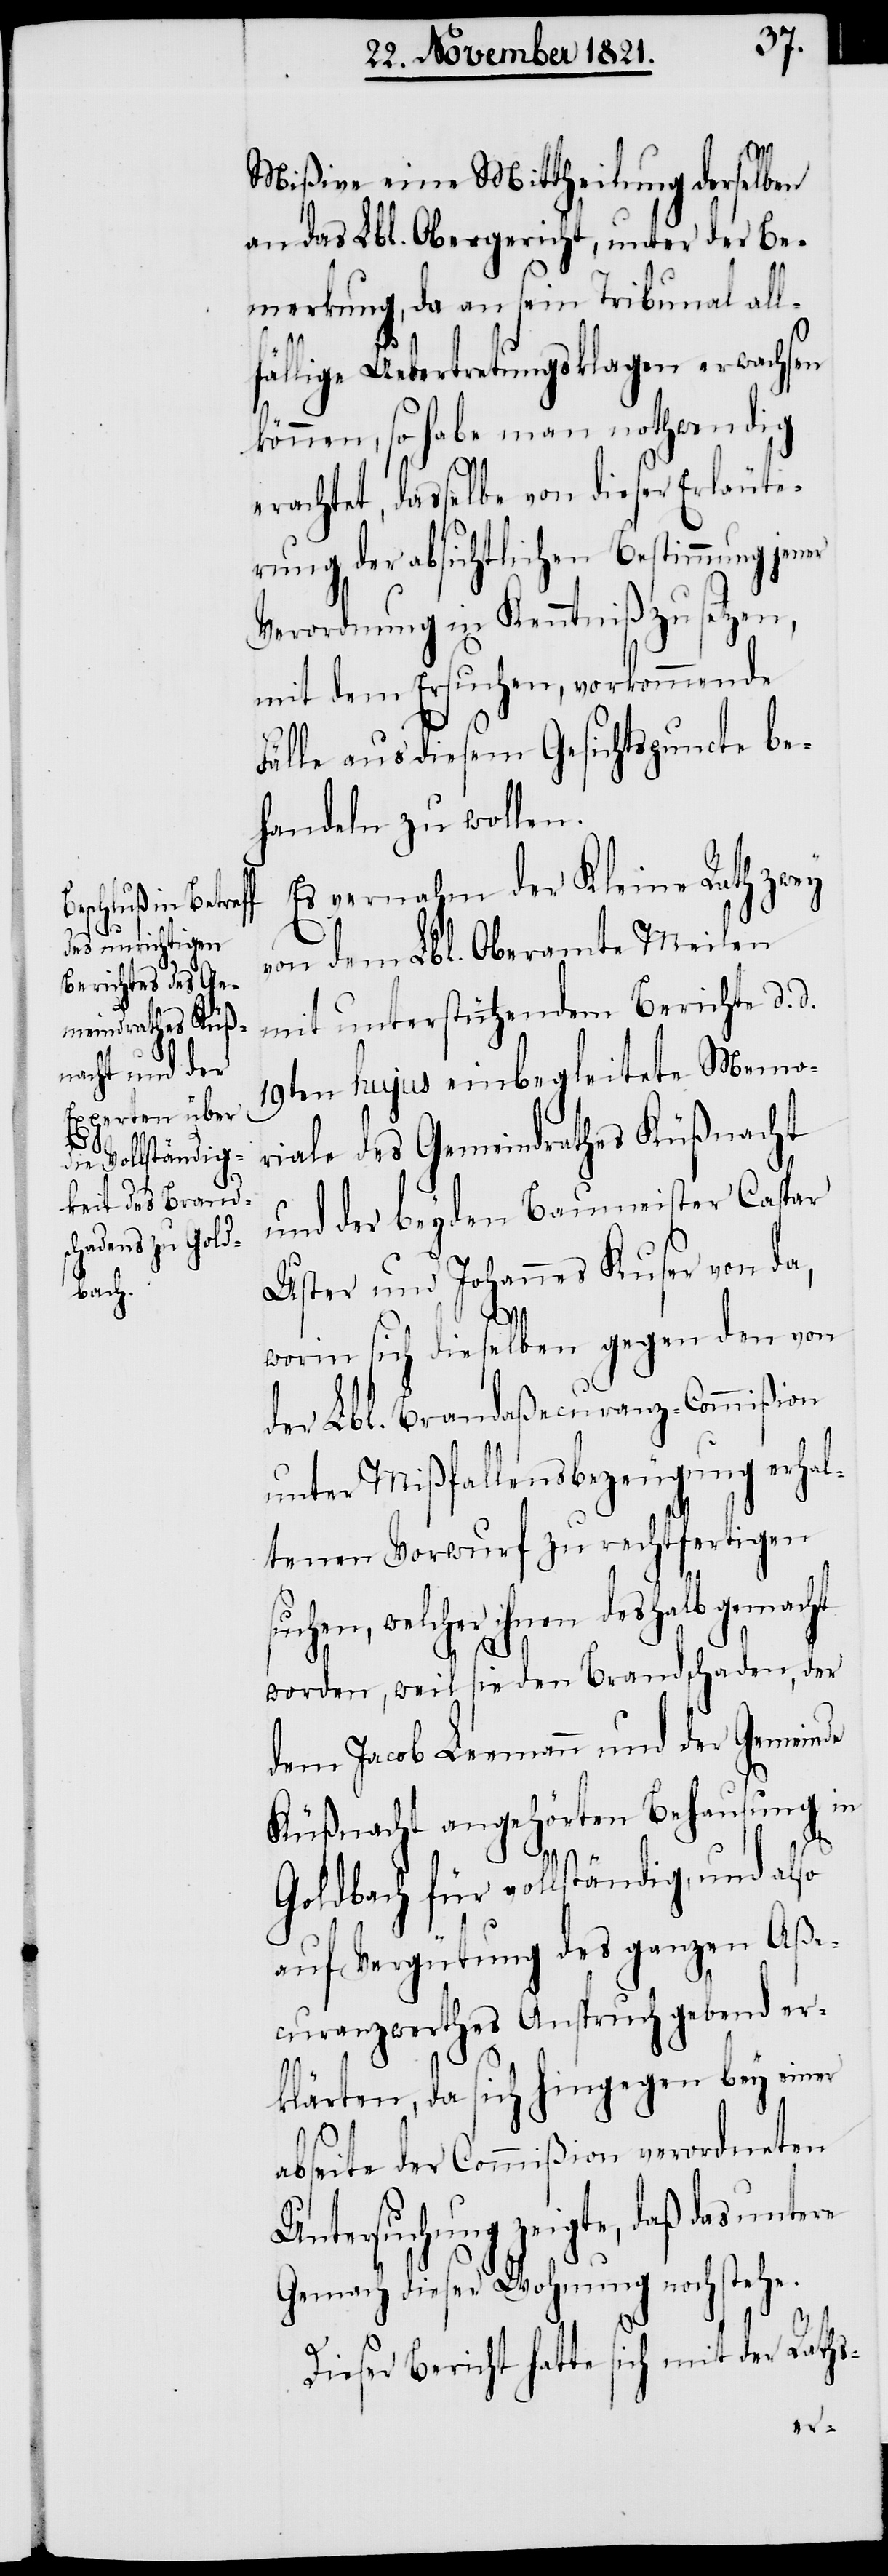
suchen, we¬

Mißive eine Mittheilung derselben
an das Lbl. Obergericht, unter der Be¬
merkung, da an sein Tribunal all¬
fällige Uebertretungsklagen erwachsen
können, so habe man nothwendig
erachtet, dasselbe von dieser Erläute¬
rung der absichtlichen Bestimmung jener
Verordnung in Kenntniß zu setzen,
mit dem Ersuchen, vorkommende
Fälle aus diesem Gesichtspuncte be¬
handeln zu wollen.
Es vernahm der Kleine Rath zwey
von dem Lbl. Oberamte Meilen
mit unterstützendem Berichte d. d.
19ten hujus einbegleitete Memo¬
riale des Gemeindrathes Küßnacht
und der beyden Baumeister Caspar
Uster und Johannes Kuser von da,
worin sich dieselben gegen den von
der Lbl. Brandaßecuranz-Commißion
unter Mißfallensbezeugung erhal¬
tenen Vorwurf zu rechtfertigen
lcher ihnen deshalb gemacht
worden, weil sie den Brandschaden, der
dem Jacob Leemann und der Gemeinde
Küßnacht angehörten Behausung in
Goldbach für vollständig, und also
auf Vergütung des ganzen Aße¬
curanzwerthes Anspruch gebend er¬
klärten, da sich hingegen bey einer
abseite der Commißion verordneten
Untersuchung zeigte, daß das unt¬
Gemach dieser Behausung noch stehe.
Dieser Bericht hatte sich mit der Raths-
ere